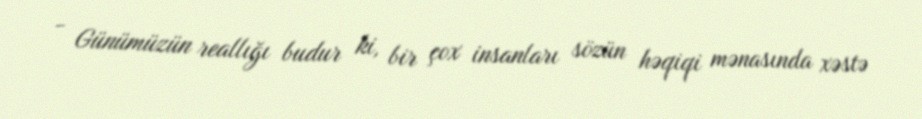
- Günümüzün reallığı budur ki, bir çox insanları sözün həqiqi mənasında xəstə